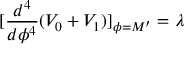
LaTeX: [ \frac { d ^ { 4 } } { d \phi ^ { 4 } } ( V _ { 0 } + V _ { 1 } ) ] _ { \phi = M ^ { \prime } } = \lambda